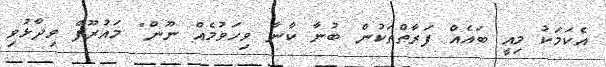
އެކަމަކު މިއީ ބައެެއް ފަރާތްތަކުން ބުނާ ކާނާ ވިހަވުމެއް ނޫން" މައުރޫފް ވިދާޅުވި